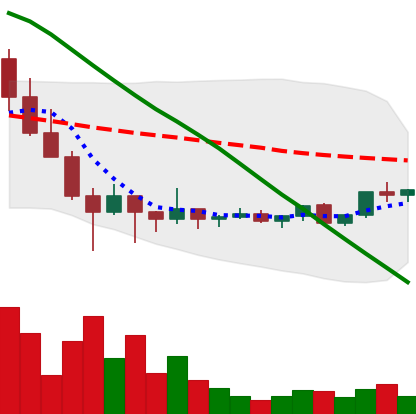
Ticker: ADA-USD
Chart end date: 2022-02-06
Forward return: -5.609%
Label: down_5_7